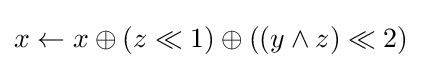
x\gets x\oplus (z\ll 1)\oplus ((y\land z)\ll 2)